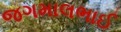
જગમાલભાઈ